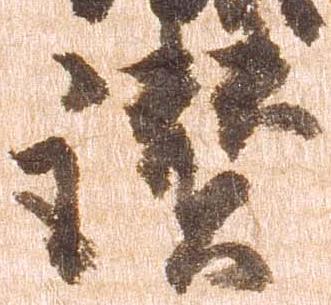
讃